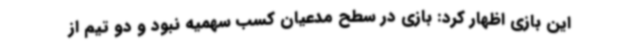
این بازی اظهار کرد: بازی در سطح مدعیان کسب سهمیه نبود و دو تیم از